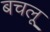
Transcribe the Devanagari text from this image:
बचलू